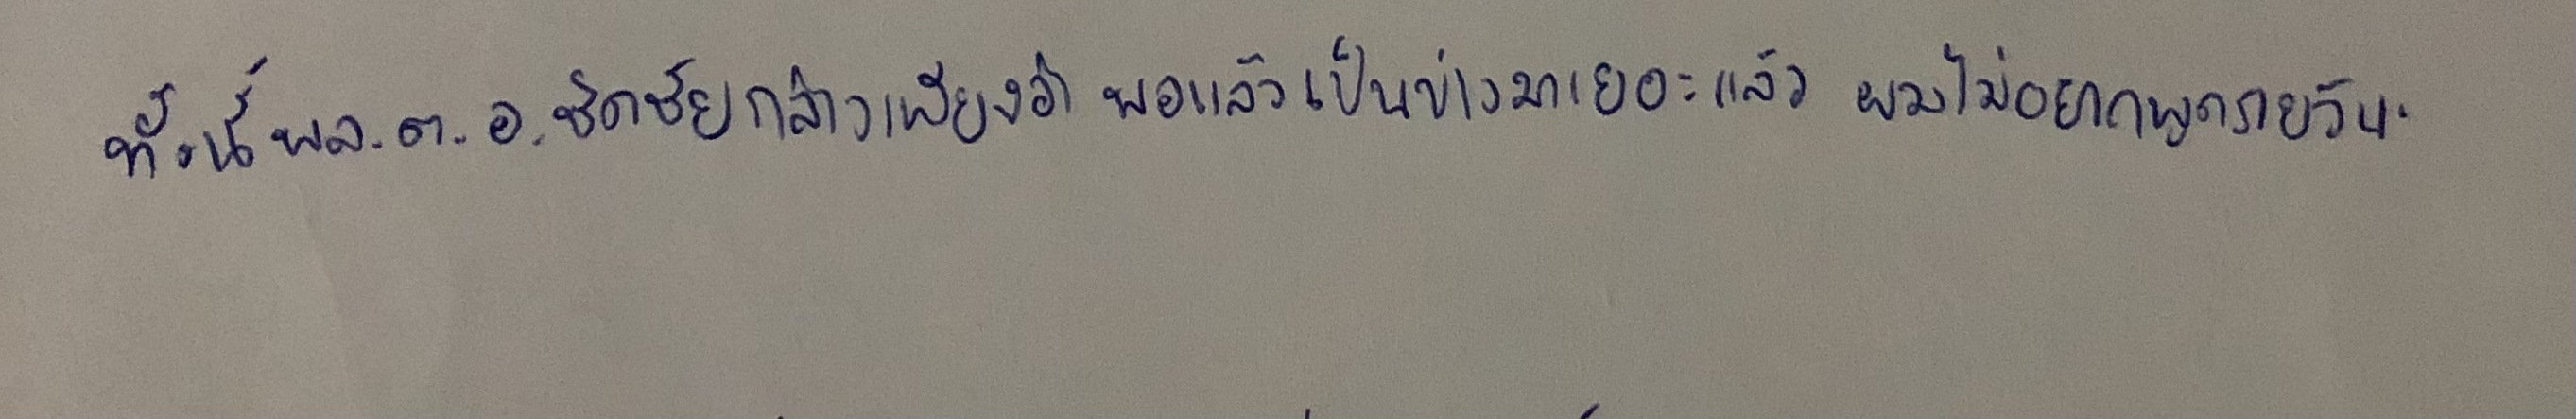
ทั้งนี้พล.ต.อ.ชิดชัยกล่าวเพียงว่าพอแล้วเป็นข่าวมาเยอะแล้วผมไม่อยากพูดรายวัน